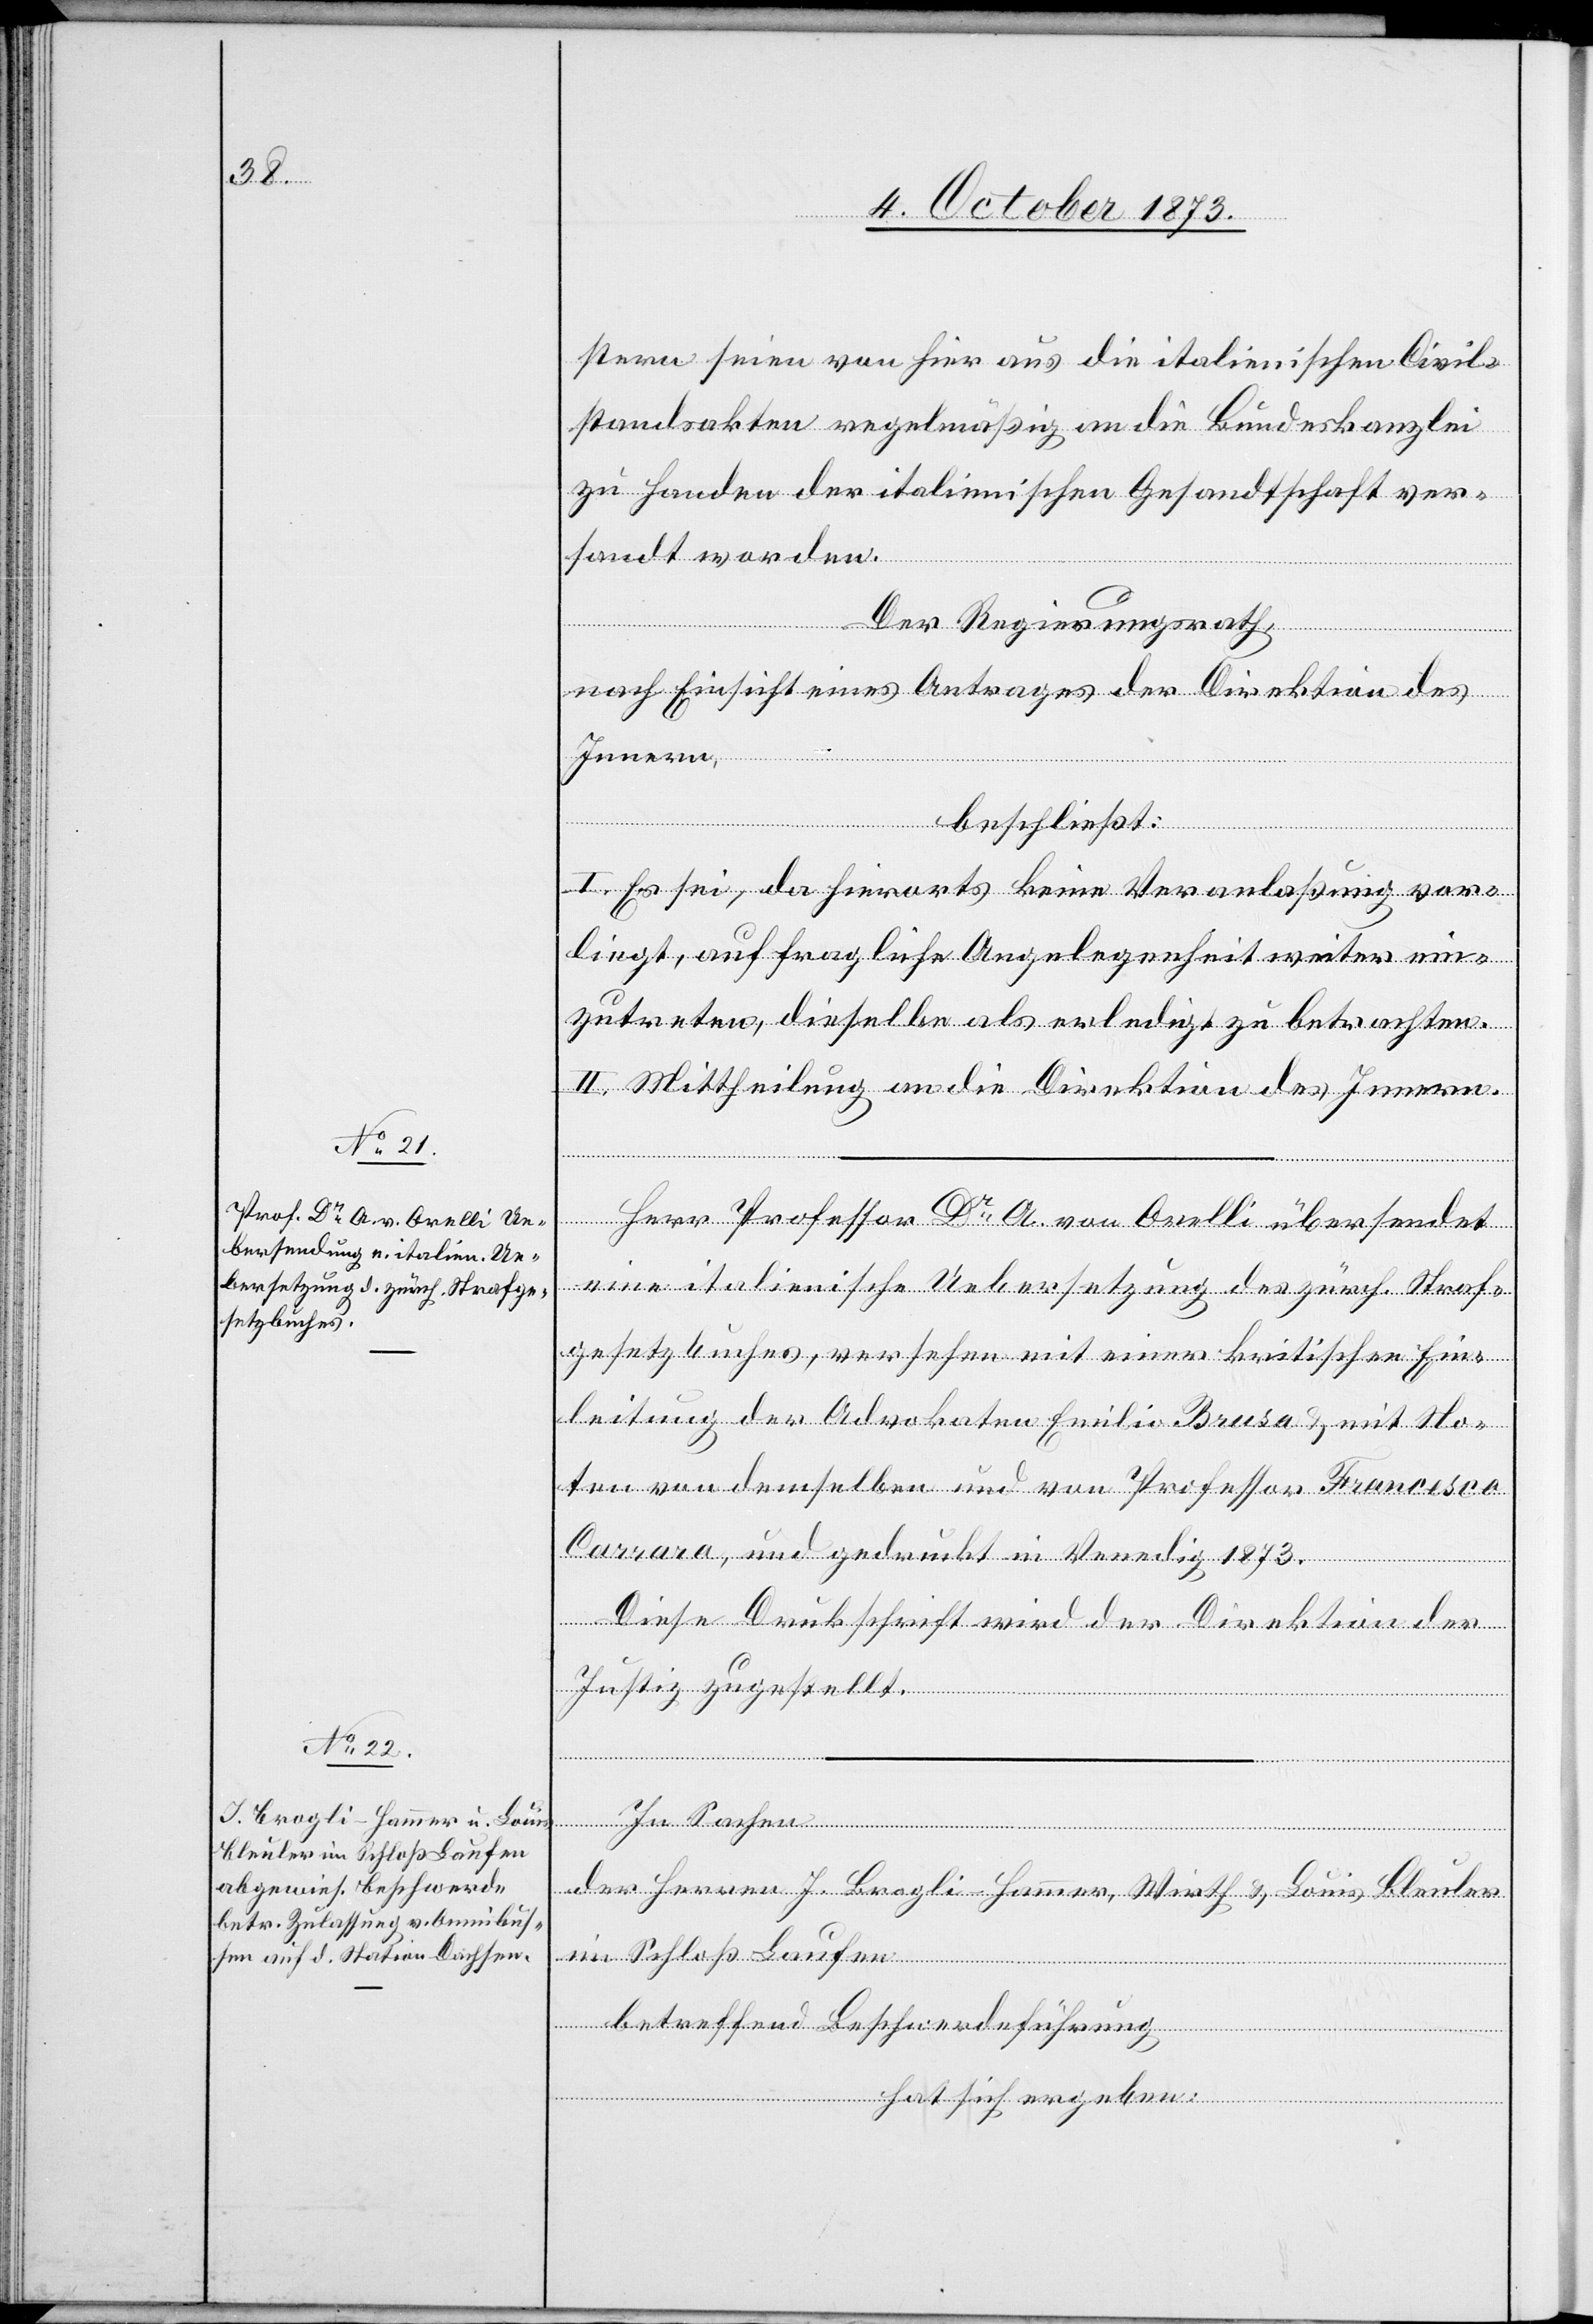
stern seien von hier aus die italienischen Civil¬
standsakten regelmäßig an die Bundeskanzlei
zu Handen der italienischen Gesandtschaft ver¬
sandt worden.
Der Regierungsrath,
In
nach Einsicht eines Antrages der Direktion des
Innern,
beschließt:
I. Es sei, da hierorts keine Veranlaßung vor¬
liegt, auf fragliche Angelegenheit weiter ein¬
zutreten, dieselbe als erledigt zu betrachten.
II. Mittheilung an die Direktion des Innern.
Herr Professor Dr A. von Orelli übersendet
eine italienische Uebersetzung des zürch. Straf¬
gesetzbuches, versehen mit einer kritischen Ein¬
leitung der Advokaten Emilio Brusa & mit No¬
ten von demselben und von Professor Francesco
Carrara, und gedruckt in Venedig 1873.
Diese Dru[c]kschrift wird der Direktion der
Justiz zugestellt.
der Herren J. Brogli-Hammer, Wirth & Louis Bleuler
im Schloß Laufen
betreffend Beschwerdeführung
hat sich ergeben: